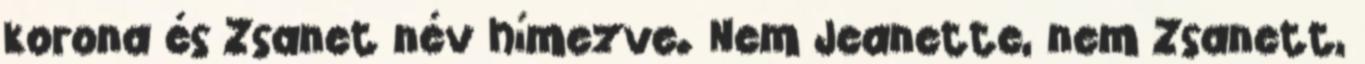
korona és Zsanet név hímezve. Nem Jeanette, nem Zsanett,